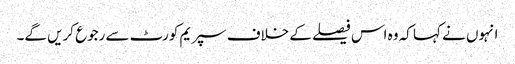
انہوں نے کہا کہ وہ اس فیصلے کے خلاف سپریم کورٹ سے رجوع کریں گے۔